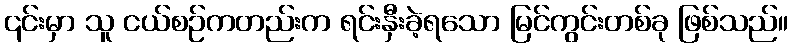
၎င်းမှာ သူ ငယ်စဉ်ကတည်းက ရင်းနှီးခဲ့ရသော မြင်ကွင်းတစ်ခု ဖြစ်သည်။